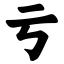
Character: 亏